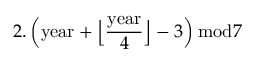
2 . \left( { \mathrm { y e a r } } + { \Big \lfloor } { \frac { \mathrm { y e a r } } { 4 } } { \Big \rfloor } - 3 \right) { \bmod { 7 } }